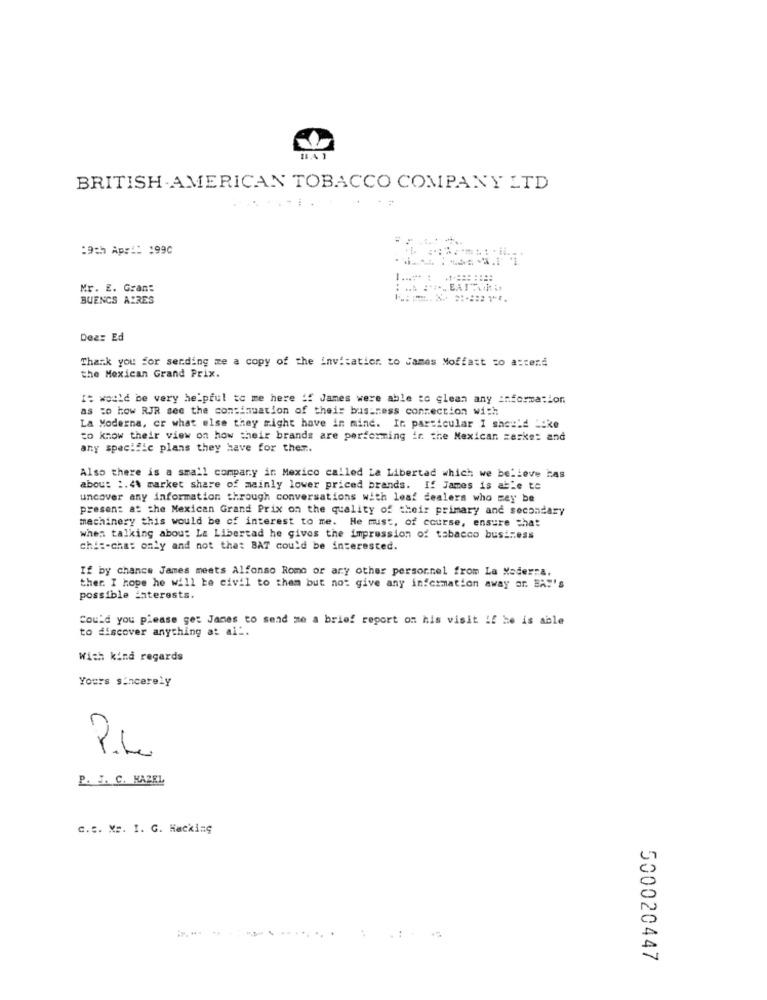
11.4 1
BRITISH AMERICAN TOBACCO COMPANY LTD
:9th Apr !: : 990
Mr. E. Grant
BUENOS AIRES
Dea: Ed
Thank you for sending me a copy of the invitation to James Moffatt zo asterd
the Mexican Grand Prix.
It would be very helpful to me here :f James were able to clean any information
as to how RJR see the continuation of their business connection with
La Moderna, cr what else they might have in mind. In particular I should Like
to know their view on how their brands are performing in the Mexican zerke: and
any specific plans they have for ther.
Also there is a small company in Mexico called La Libertad which we believe bas
about :. 4% market share of mainly lower priced brands. If James is able to
uncover any information through conversations with leaf dealers who may be
present at the Mexican Grand Prix on the quality of their primary and secondary
machinery this would be of interest to me. He must, of course, ensure that
when talking about La Libertad he gives the impression of tabacco business
chi :- cha: only and not that BAT could be interested.
If by chance James meets Alfonso Romo or any other person.nel from La Xader:A.
ther. I hope he will be civil to them but not give any information away or BAT's
possible interests.
Could you please get Janes to send me a brief report on his visit if he is able
to discover anything at ait.
With kind regards
Yours sincerely
P.L
P. I. C. HAZEL
C.S. M =. I. G. Hacking
..
500020447